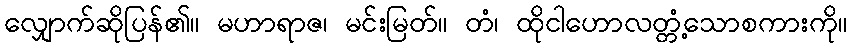
လျှောက်ဆိုပြန်၏။ မဟာရာဇ၊ မင်းမြတ်။ တံ၊ ထိုငါဟောလတ္တံ့သောစကားကို။